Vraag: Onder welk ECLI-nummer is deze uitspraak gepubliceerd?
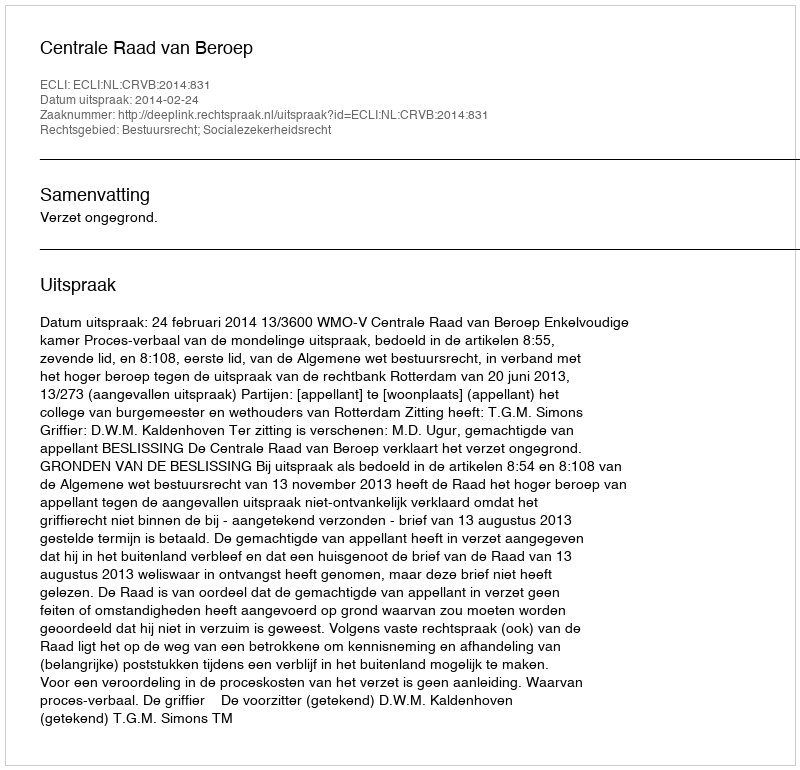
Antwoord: ECLI:NL:CRVB:2014:831